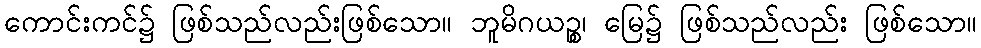
ကောင်းကင်၌ ဖြစ်သည်လည်းဖြစ်သော။ ဘူမိဂယဉ္စ၊ မြေ၌ ဖြစ်သည်လည်း ဖြစ်သော။